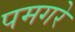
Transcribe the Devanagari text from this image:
पमगरे